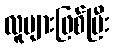
လူများဖြစ်ပြီး